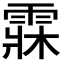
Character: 𩃕